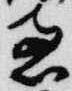
恵